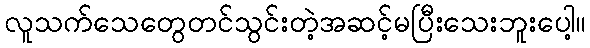
လူသက်သေတွေတင်သွင်းတဲ့အဆင့်မပြီးသေးဘူးပေါ့။